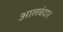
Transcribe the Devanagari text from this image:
आलबंदार